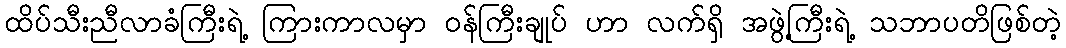
ထိပ်သီးညီလာခံကြီးရဲ့ ကြားကာလမှာ ဝန်ကြီးချုပ် ဟာ လက်ရှိ အဖွဲ့ကြီးရဲ့ သဘာပတိဖြစ်တဲ့